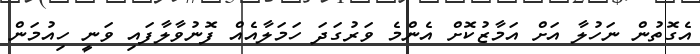
އެގޮތުން ނަހުލާ އަށް އަމާޒުކޮށް އެންމެ ވަރުގަދަ ހަމަލާއެއް ފޮނުވާލާފައި ވަނީ ހިއުމަން